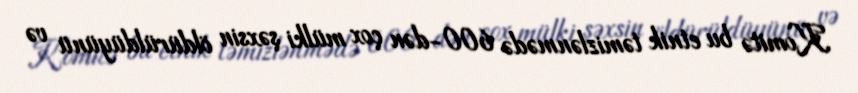
Komitə bu etnik təmizlənmədə 600-dən çox mülki şəxsin öldürüldüyünü və